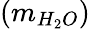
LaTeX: (m_{H_{2}O})